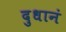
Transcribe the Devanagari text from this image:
दुधानं